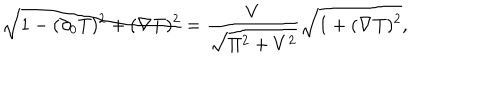
LaTeX: \sqrt { 1 - ( \partial _ { 0 } T ) ^ { 2 } + ( \nabla T ) ^ { 2 } } = { \frac { V } { \sqrt { \Pi ^ { 2 } + V ^ { 2 } } } } \sqrt { 1 + ( \nabla T ) ^ { 2 } } ,